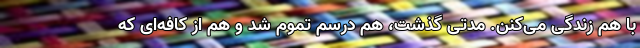
با هم زندگی می‌کنن. مدتی گذشت، هم درسم تموم شد و هم از کافه‌ای که